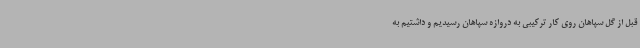
قبل از گل سپاهان روی کار ترکیبی به دروازه سپاهان رسیدیم و داشتیم به